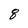
Character: 8